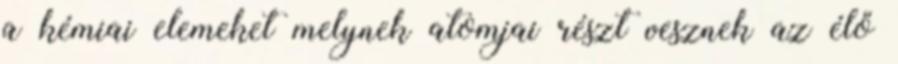
a kémiai elemeket melynek atomjai részt vesznek az élő